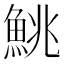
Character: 鮡